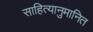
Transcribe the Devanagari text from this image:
साहित्यानुमानित